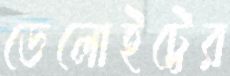
ডেলোইট্টের